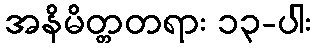
အနိမိတ္တတရား ၁၃-ပါး